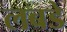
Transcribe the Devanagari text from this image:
लबडे